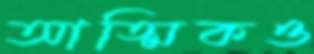
আত্মিকও